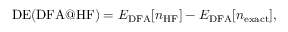
\mathrm { D E ( D F A @ H F ) } = E _ { \mathrm { D F A } } [ n _ { \mathrm { H F } } ] - E _ { \mathrm { D F A } } [ n _ { \mathrm { e x a c t } } ] ,